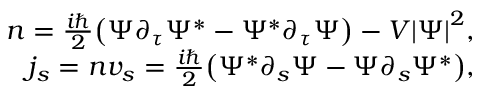
\begin{array} { r } { n = { \frac { i \hbar } { 2 } } { \left( \Psi \partial _ { \tau } \Psi ^ { \ast } - \Psi ^ { \ast } \partial _ { \tau } \Psi \right) } - V { \left| \Psi \right| } ^ { 2 } , } \\ { j _ { s } = n v _ { s } = { \frac { i \hbar } { 2 } } { \left( \Psi ^ { \ast } \partial _ { s } \Psi - \Psi \partial _ { s } \Psi ^ { \ast } \right) } , } \end{array}